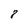
Character: 8